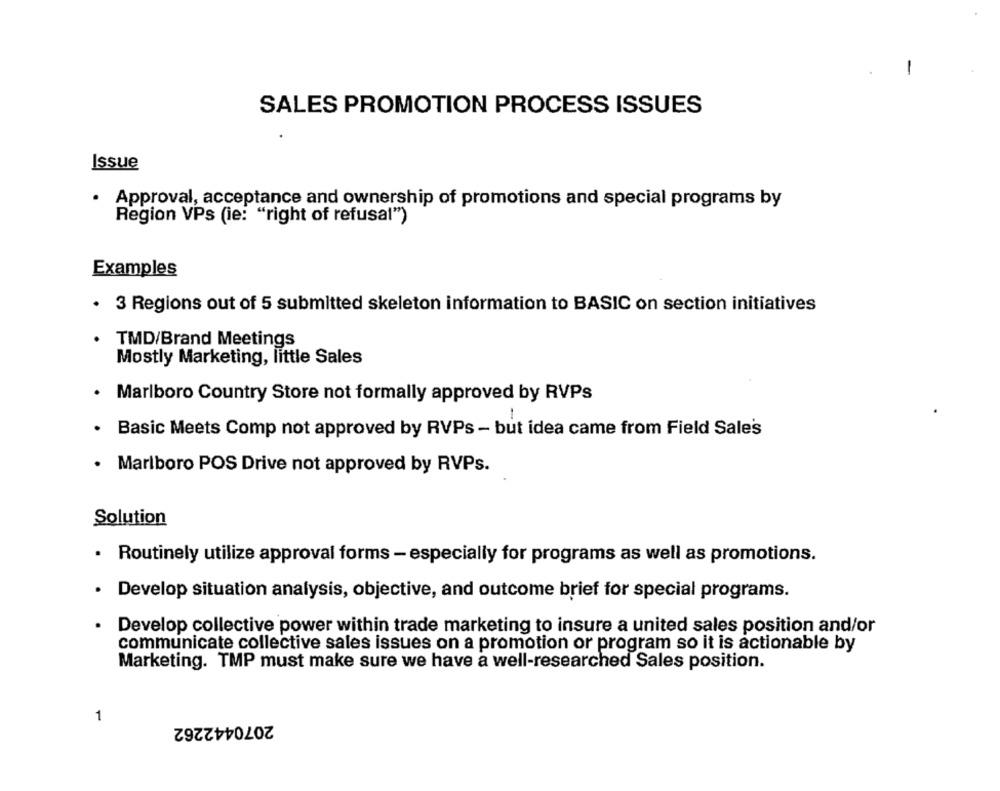
-
SALES PROMOTION PROCESS ISSUES
Issue
.
Approval, acceptance and ownership of promotions and special programs by
Region VPs (ie: "right of refusal")
Examples
· 3 Regions out of 5 submitted skeleton information to BASIC on section initiatives
TMD/Brand Meetings
Mostly Marketing, little Sales
· Marlboro Country Store not formally approved by RVPs
Basic Meets Comp not approved by RVPs - but idea came from Field Sales
· Marlboro POS Drive not approved by RVPs.
Solution
.
Routinely utilize approval forms - especially for programs as well as promotions.
Develop situation analysis, objective, and outcome brief for special programs.
Develop collective power within trade marketing to insure a united sales position and/or
communicate collective sales issues on a promotion or program so it is actionable by
Marketing. TMP must make sure we have a well-researched Sales position.
1
2070442262